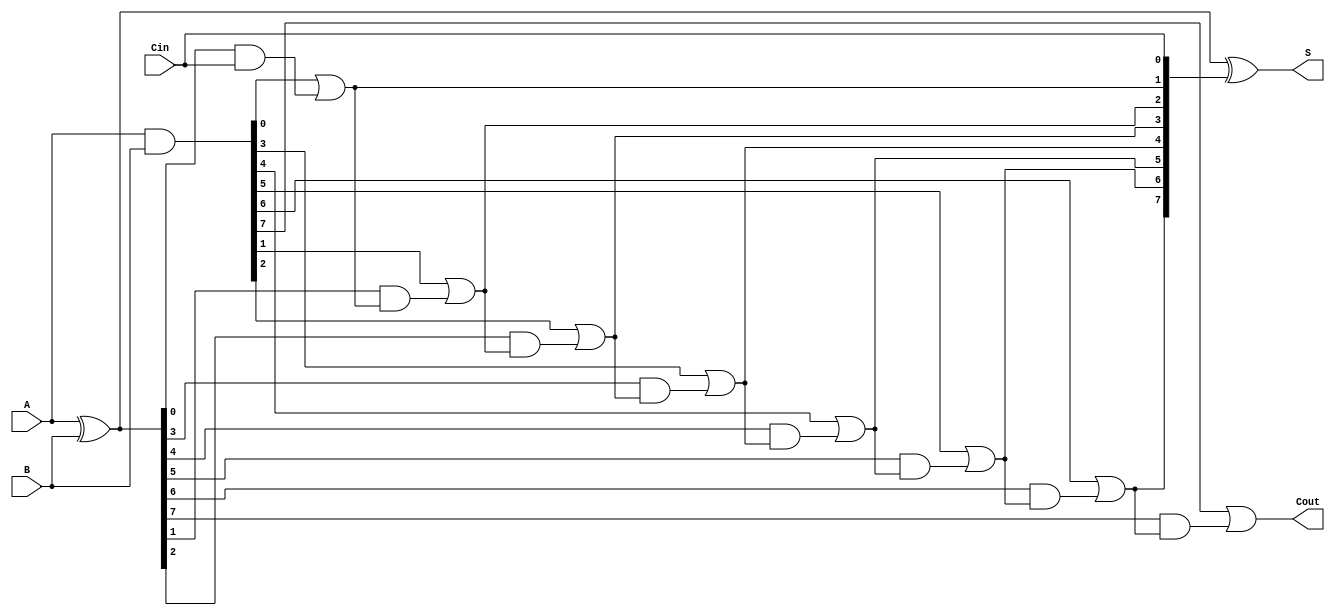
module parallel_prefix_adder #(parameter n = 8) (
    input  [n-1:0] A,      // First input operand
    input  [n-1:0] B,      // Second input operand
    input         Cin,      // Carry-in
    output [n-1:0] S,      // Sum output
    output        Cout      // Carry-out
);

    // Generate and Propagate signals
    wire [n-1:0] G; // Generate
    wire [n-1:0] P; // Propagate
    wire [n:0] C;    // Carry signals (C[0] = Cin)

    // Generate and Propagate calculations
    assign G = A & B;         // G_i = A_i & B_i
    assign P = A ^ B;         // P_i = A_i ^ B_i

    // Carry signal initialization
    assign C[0] = Cin; // C[0] is the carry-in

    // Kogge-Stone prefix carry computation
    genvar i, j;
    generate
        // Level 1
        for (i = 0; i < n; i = i + 1) begin : level1
            if (i == 0) begin
                assign C[i+1] = G[i] | (P[i] & C[i]); // C[1] = G[0] | (P[0] & C[0])
            end else begin
                assign C[i+1] = G[i] | (P[i] & C[i]); // C[i+1] = G[i] | (P[i] & C[i])
            end
        end
    endgenerate

    // Generate higher levels for Kogge-Stone
    generate
        for (j = 1; j < n; j = j + 1) begin : levels
            for (i = 0; i < n - j; i = i + 1) begin : level
                assign C[i + j + 1] = G[i + j] | (P[i + j] & C[i + j]); // Carry propagation
            end
        end
    endgenerate

    // Sum calculation
    assign S = P ^ C[n-1:0]; // S_i = P_i ^ C_i

    // Carry-out
    assign Cout = C[n]; // Final carry-out

endmodule